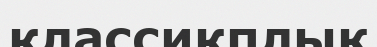
классикплық